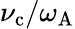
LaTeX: \nu_{\mathrm{c}}/\omega_{\mathrm{A}}